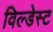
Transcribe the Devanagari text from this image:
विल्डेस्ट